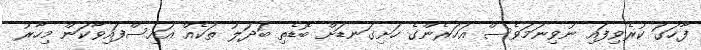
ފާހަގަ ކުރެވިފައި ނުވިނަމަވެސް އަހަރެންގެ ހަށިގަނޑަށް ބޮޑެތި ބަދަލު ތަކެއް އައިސްފައިވާކަން މިހާރު